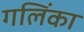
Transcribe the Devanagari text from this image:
गलिंका